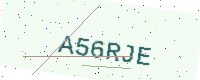
Text: A56RJE